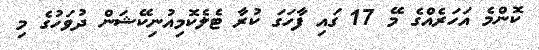
ކޮންމެ އަހަރެއްގެ މޭ 17 ގައި ފާހަގަ ކުރާ ޓެލެކޮމިއުނިކޭޝަން ދުވަހުގެ މި